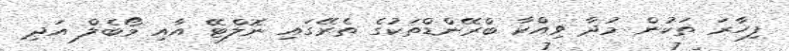
ފިހާރަ ތަކުން މުދާ ވިއްކާ ބްރޭންޑްތަކުގެ ތެރޭގައި ނޮލްޓޭ އާއި މޯބެލް އަދި